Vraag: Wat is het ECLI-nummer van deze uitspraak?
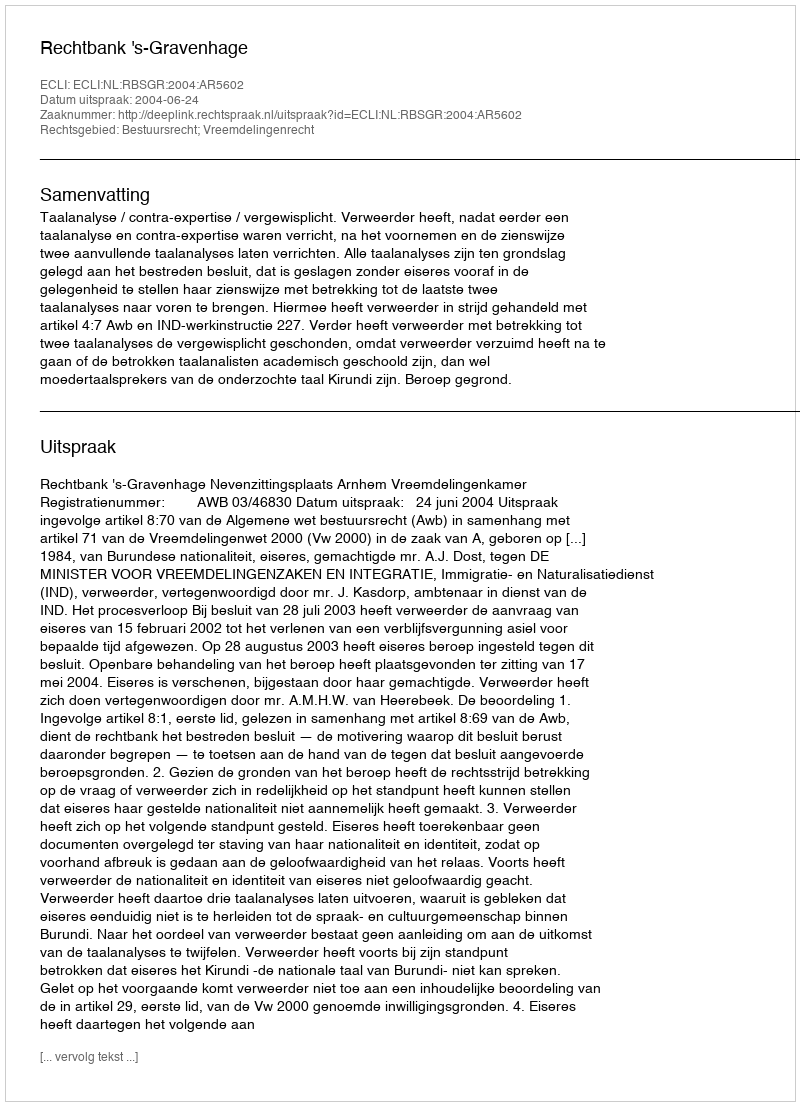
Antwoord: ECLI:NL:RBSGR:2004:AR5602